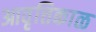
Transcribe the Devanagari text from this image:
आवृत्तिकाळ